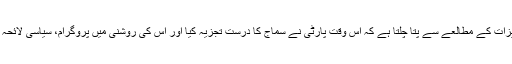
پیپلز پارٹی کی بنیادی دستاویزات کے مطالعے سے پتا چلتا ہے کہ اس وقت پارٹی نے سماج کا درست تجزیہ کیا اور اس کی روشنی میں پروگرام، سیاسی لائحہ عمل اور منشور تیار کیا گیا۔